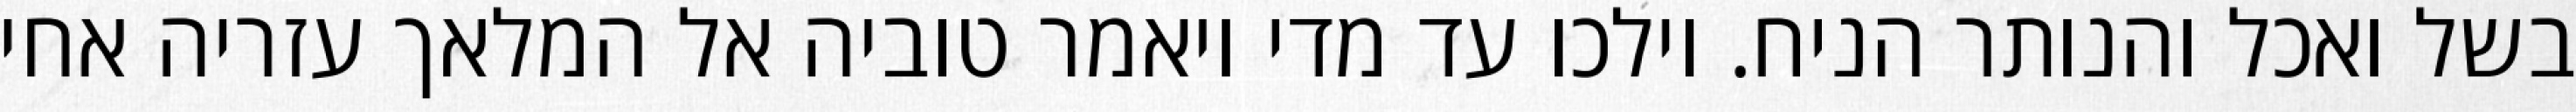
בשל ואכל והנותר הניח. וילכו עד מדי ויאמר טוביה אל המלאך עזריה אחי